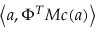
\left< \boldsymbol { a } , \Phi ^ { T } M \boldsymbol { c } ( \boldsymbol { a } ) \right>